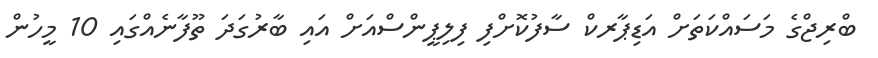
ބްރިޖްގެ މަސައްކަތަށް އަޑިޕާރކް ސާފުކޮށްފި ފިލިޕީންސްއަށް އައި ބާރުގަދަ ތޫފާނެއްގައި 10 މީހުން